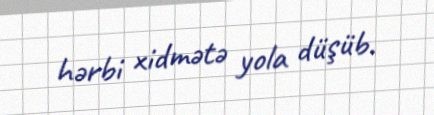
hərbi xidmətə yola düşüb.